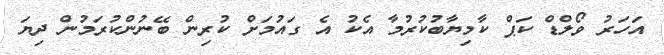
އަހަރު ވޯލްޑް ކަޕް ކާމިޔާބުކުރުމާ އެކު އެ ގައުމަށް ކުރިން ބޭނުންކުރަމުން ދިޔަ